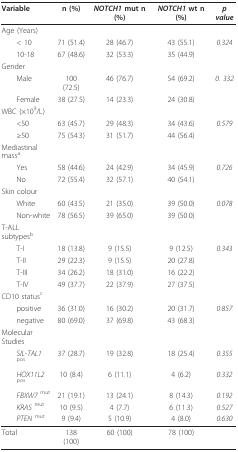
<table><thead><tr><td><b>Variable</b></td><td><b>n (%)</b></td><td><b><i>NOTCH1 </i>mut n (%)</b></td><td><b><i>NOTCH1 </i>wt n (%)</b></td><td><b><i>p value</i></b></td></tr></thead><tbody><tr><td>Age (Years)</td><td></td><td></td><td></td><td></td></tr><tr><td> &lt; 10</td><td>71 (51.4)</td><td>28 (46.7)</td><td>43 (55.1)</td><td><i>0.324</i></td></tr><tr><td> 10-18</td><td>67 (48.6)</td><td>32 (53.3)</td><td>35 (44.9)</td><td></td></tr><tr><td>Gender</td><td></td><td></td><td></td><td></td></tr><tr><td> Male</td><td>100 (72.5)</td><td>46 (76.7)</td><td>54 (69.2)</td><td><i>0. 332</i></td></tr><tr><td> Female</td><td>38 (27.5)</td><td>14 (23.3)</td><td>24 (30.8)</td><td></td></tr><tr><td>WBC (×10<sup>9</sup>/L)</td><td></td><td></td><td></td><td></td></tr><tr><td> &lt;50</td><td>63 (45.7)</td><td>29 (48.3)</td><td>34 (43.6)</td><td><i>0.579</i></td></tr><tr><td> ≥50</td><td>75 (54.3)</td><td>31 (51.7)</td><td>44 (56.4)</td><td></td></tr><tr><td>Mediastinal mass<sup>a</sup></td><td></td><td></td><td></td><td></td></tr><tr><td> Yes</td><td>58 (44.6)</td><td>24 (42.9)</td><td>34 (45.9)</td><td><i>0.726</i></td></tr><tr><td> No</td><td>72 (55.4)</td><td>32 (57.1)</td><td>40 (54.1)</td><td></td></tr><tr><td>Skin colour</td><td></td><td></td><td></td><td></td></tr><tr><td> White</td><td>60 (43.5)</td><td>21 (35.0)</td><td>39 (50.0)</td><td><i>0.078</i></td></tr><tr><td> Non-white</td><td>78 (56.5)</td><td>39 (65.0)</td><td>39 (50.0)</td><td></td></tr><tr><td>T-ALL subtypes<sup>b</sup></td><td></td><td></td><td></td><td></td></tr><tr><td> T-I</td><td>18 (13.8)</td><td>9 (15.5)</td><td>9 (12.5)</td><td><i>0.343</i></td></tr><tr><td> T-II</td><td>29 (22.3)</td><td>9 (15.5)</td><td>20 (27.8)</td><td></td></tr><tr><td> T-III</td><td>34 (26.2)</td><td>18 (31.0)</td><td>16 (22.2)</td><td></td></tr><tr><td> T-IV</td><td>49 (37.7)</td><td>22 (37.9)</td><td>27 (37.5)</td><td></td></tr><tr><td>CD10 status<sup>c</sup></td><td></td><td></td><td></td><td></td></tr><tr><td> positive</td><td>36 (31.0)</td><td>16 (30.2)</td><td>20 (31.7)</td><td><i>0.857</i></td></tr><tr><td> negative</td><td>80 (69.0)</td><td>37 (69.8)</td><td>43 (68.3)</td><td></td></tr><tr><td>Molecular Studies</td><td></td><td></td><td></td><td></td></tr><tr><td> <i>SIL-TAL1 </i><sup>pos</sup></td><td>37 (28.7)</td><td>19 (32.8)</td><td>18 (25.4)</td><td><i>0.355</i></td></tr><tr><td> <i>HOX11L2 </i><sup>pos</sup></td><td>10 (8.4)</td><td>6 (11.1)</td><td>4 (6.2)</td><td><i>0.332</i></td></tr><tr><td> <i>FBXW7 </i><sup>mut</sup></td><td>21 (19.1)</td><td>13 (24.1)</td><td>8 (14.3)</td><td><i>0.192</i></td></tr><tr><td> <i>KRAS </i><sup>mut</sup></td><td>10 (9.5)</td><td>4 (7.7)</td><td>6 (11.3)</td><td><i>0.527</i></td></tr><tr><td> <i>PTEN </i><sup>mut</sup></td><td>9 (9.4)</td><td>5 (10.9)</td><td>4 (8.0)</td><td><i>0.630</i></td></tr><tr><td>Total</td><td>138 (100)</td><td>60 (100)</td><td>78 (100)</td><td></td></tr></tbody></table>